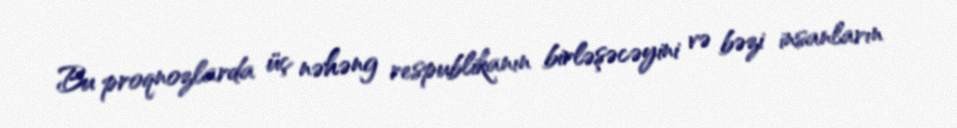
Bu proqnozlarda üç nəhəng respublikanın birləşəcəyini və bəzi insanların